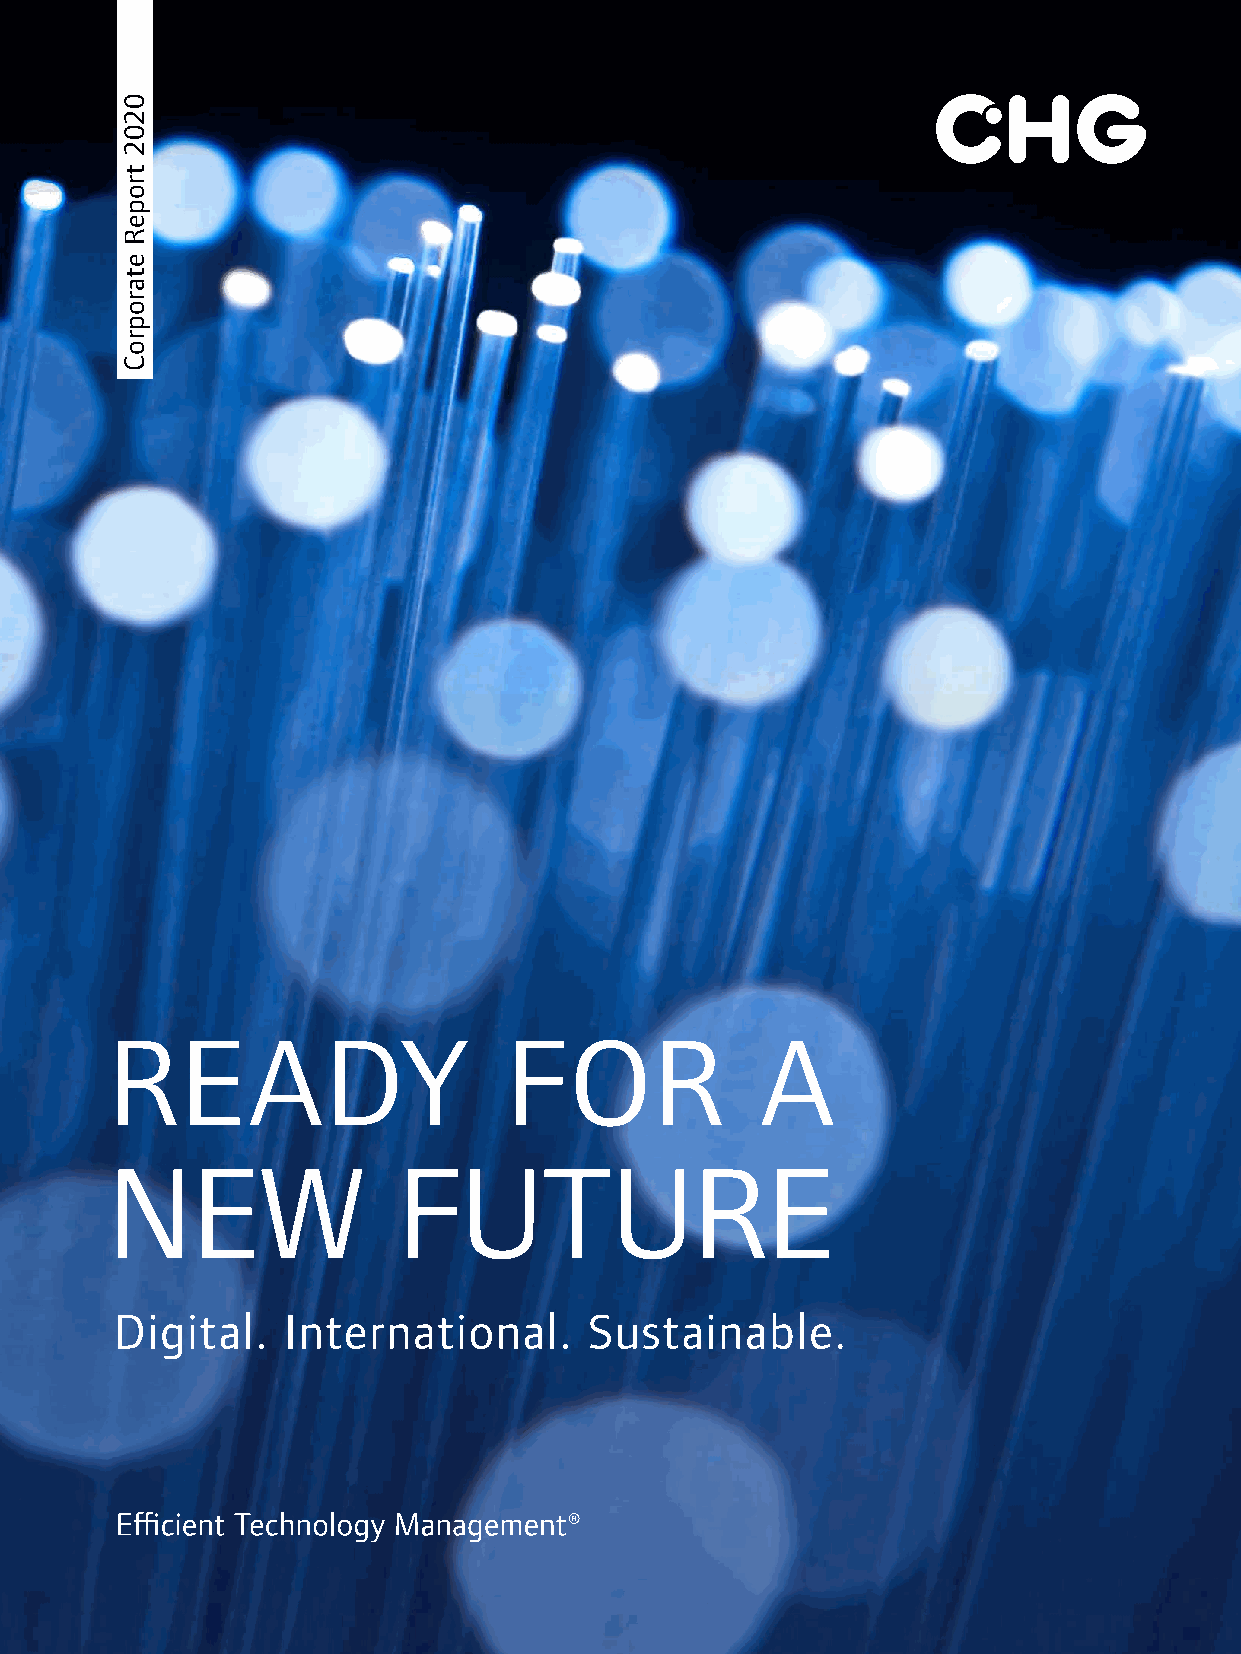
READY                     FOR              A
 NEW                FUTURE
 Digital.   International.      Sustainable.
 0202
 tropeR
 etaroproC